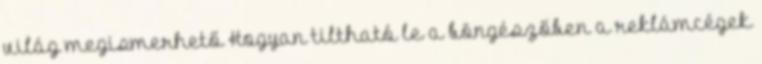
világ megismerhető Hogyan tiltható le a böngészőben a reklámcégek